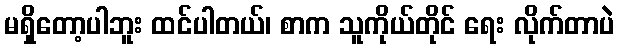
မရှိတော့ပါဘူး ထင်ပါတယ်၊ စာက သူကိုယ်တိုင် ရေး လိုက်တာပဲ